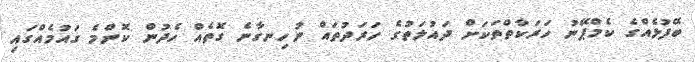
ބޭފުޅެއްގެ ކެމްޕޭނު ހަރަކާތްތަކަށް ދައުލަތުގެ ހަރަދުތައް ނުހިނގާނެ ގޮތެއް ހެދުން ކޮންމެ ގައުމެއްގައި